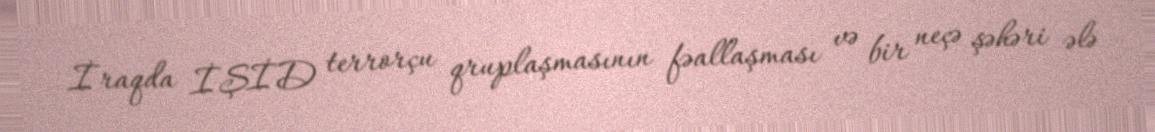
İraqda İŞİD terrorçu qruplaşmasının fəallaşması və bir neçə şəhəri ələ